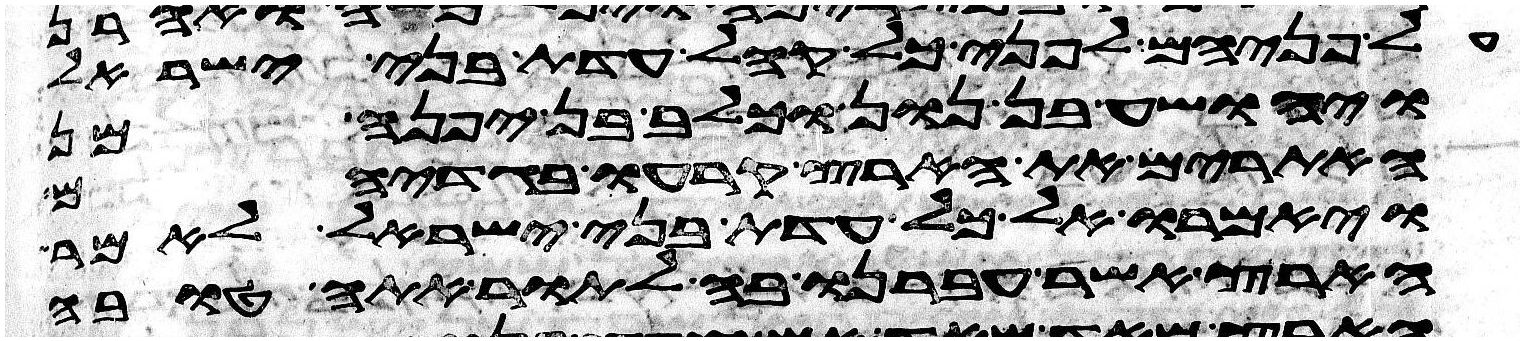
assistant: על פניהם לפני כל קהל עדת בני ישראל
ויהושע בן נון וכלב בן יפנה מן
האתורים את הארץ קרעו בגדיהם
ויאמרו אל כל עדת בני ישראל לאמר
הארץ אשר עברנו בה לתור אתה טובה